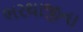
ભરથાજીના